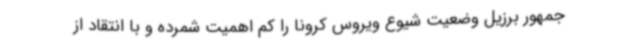
جمهور برزیل وضعیت شیوع ویروس کرونا را کم اهمیت شمرده و با انتقاد از